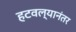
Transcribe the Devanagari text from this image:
हटवल्यानंतर